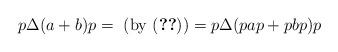
LaTeX: \begin{align*} p\Delta(a + b)p=\hbox{ (by \eqref{eq 0317 3})} = p\Delta(pap + pbp)p\end{align*}